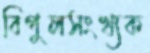
বিপুলসংখ্যক